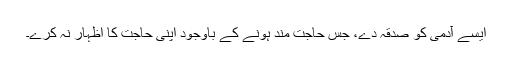
ایسے آدمی کو صدقہ دے، جس حاجت مند ہونے کے باوجود اپنی حاجت کا اظہار نہ کرے۔